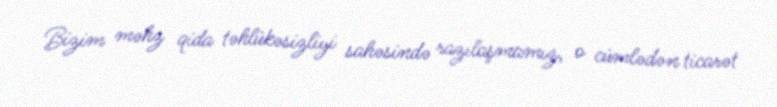
Bizim məhz qida təhlükəsizliyi sahəsində razılaşmamız, o cümlədən ticarət